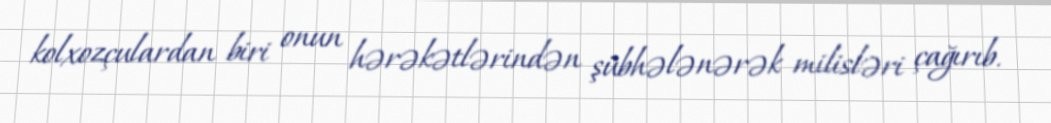
kolxozçulardan biri onun hərəkətlərindən şübhələnərək milisləri çağırıb.